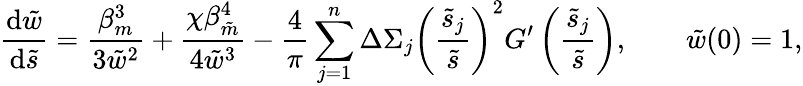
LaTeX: \frac{\mathrm{d}\tilde{w}}{\mathrm{d}\tilde{s}}=\frac{\beta_{m}^{3}}{3\tilde{w}^{2}}+\frac{\chi\beta_{\tilde{m}}^{4}}{4\tilde{w}^{3}}-\frac{4}{\pi}\sum_{j=1}^{n}\Delta\Sigma_{j}\left(\frac{\tilde{s}_{j}}{\tilde{s}}\right)^{2}G^{\prime}\left(\frac{\tilde{s}_{j}}{\tilde{s}}\right),\qquad\tilde{w}(0)=1,